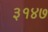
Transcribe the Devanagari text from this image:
३१४७